画像に写った文字を読んでください
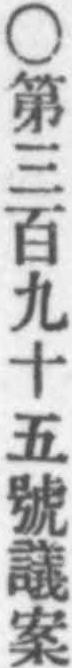
「○第三百九十五號議案」と書いてあります